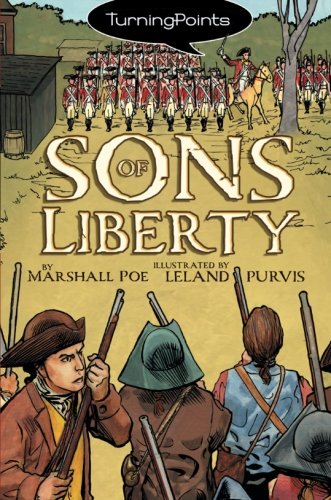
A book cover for Sons of Liberty (Turning Points); Marshall Poe; Children's Books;